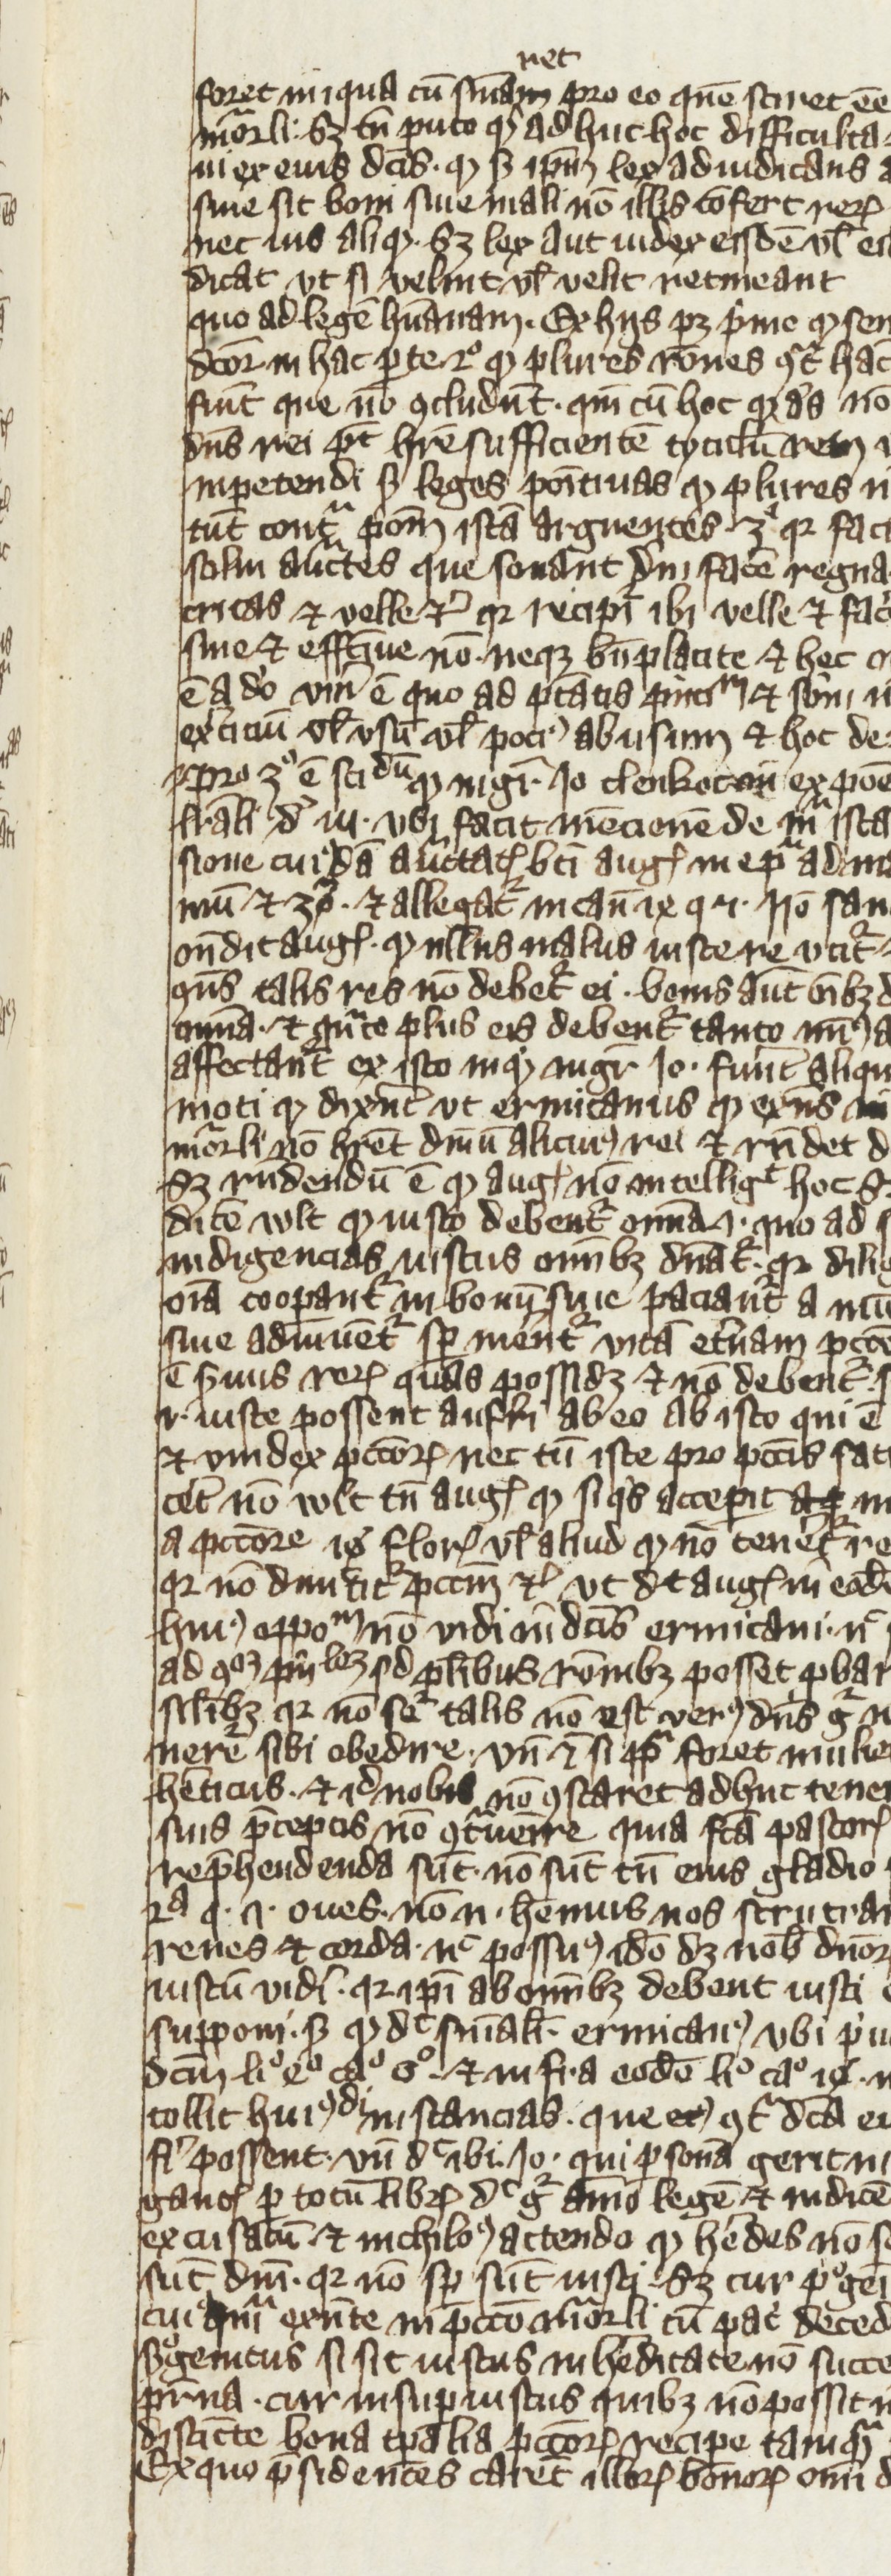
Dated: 1270–1399